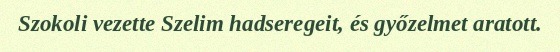
Szokoli vezette Szelim hadseregeit, és győzelmet aratott.